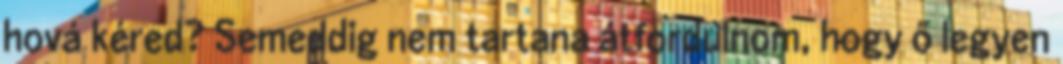
hová kéred? Semeddig nem tartana átfordulnom, hogy ő legyen